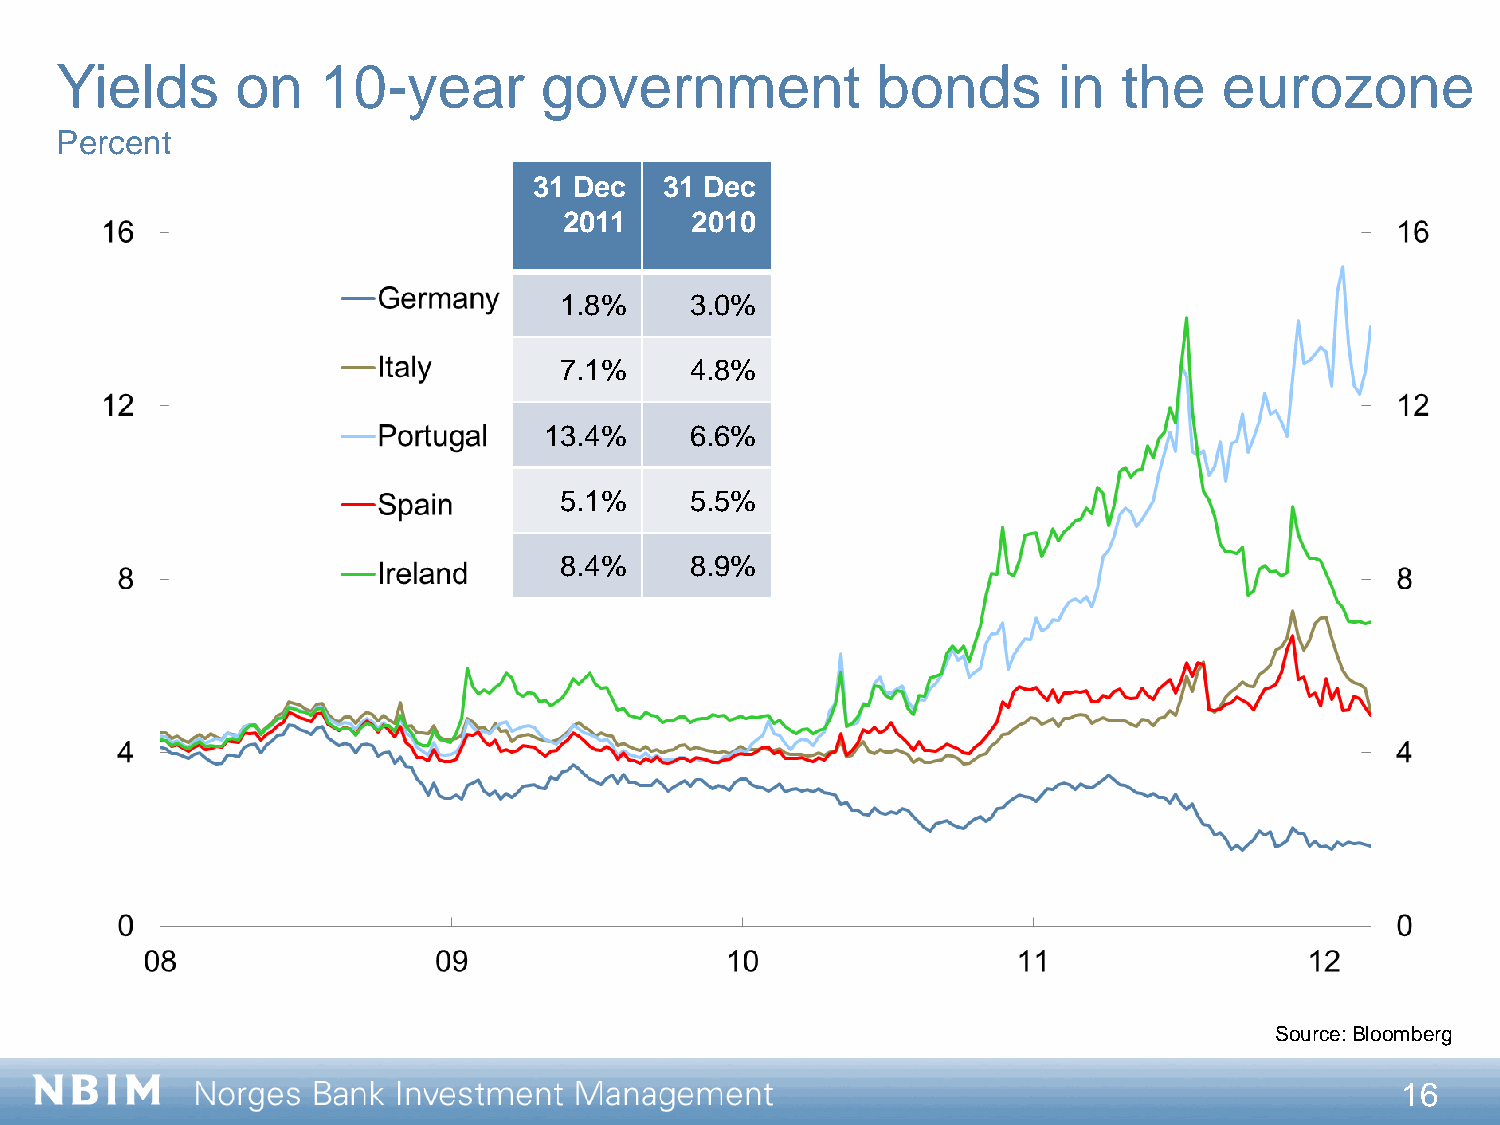
Yields      on   10-year        government            bonds       in  the    eurozone
 Percent
 31 Dec   31 Dec
 2011     2010
 1.8%     3.0%
 7.1%     4.8%
 13.4%     6.6%
 5.1%     5.5%
 8.4%     8.9%
 Source: Bloomberg
 16